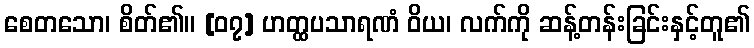
စေတသော၊ စိတ်၏။ [၀၇] ဟတ္ထပသာရဏံ ဝိယ၊ လက်ကို ဆန့်တန်းခြင်းနှင့်တူ၏